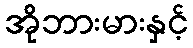
အိုဘားမားနှင့်